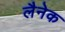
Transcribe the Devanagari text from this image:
लैनेक